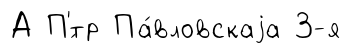
А П'́тр Па́вловскаjа 3-я